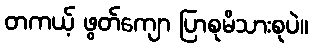
တကယ့် ဖွတ်ကျော ပြာစုမိသားစုပဲ။